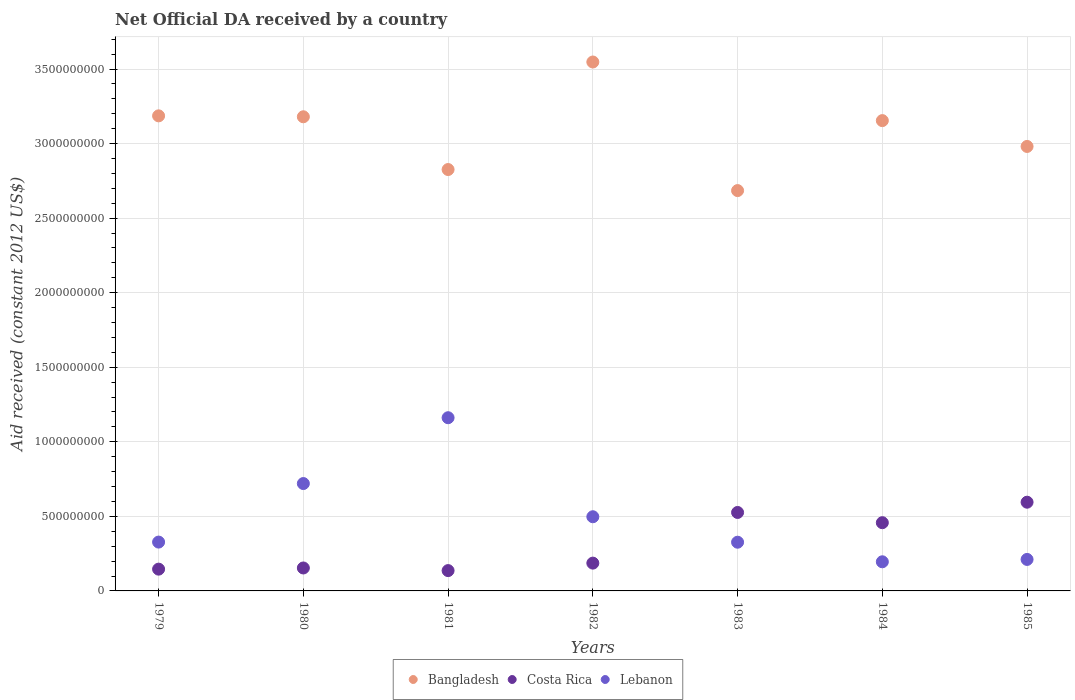
| Years | Bangladesh | Costa Rica | Lebanon |
 | --- | --- | --- | --- |
 | 1979 | 3.19e+09 | 1.46e+08 | 3.28e+08 |
 | 1980 | 3.18e+09 | 1.54e+08 | 7.2e+08 |
 | 1981 | 2.83e+09 | 1.36e+08 | 1.16e+09 |
 | 1982 | 3.55e+09 | 1.86e+08 | 4.97e+08 |
 | 1983 | 2.68e+09 | 5.26e+08 | 3.27e+08 |
 | 1984 | 3.15e+09 | 4.58e+08 | 1.95e+08 |
 | 1985 | 2.98e+09 | 5.95e+08 | 2.11e+08 |